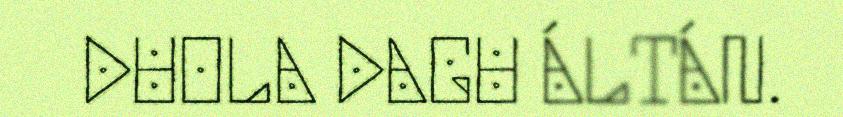
DUOLA DAGU ÁLTÁN.